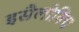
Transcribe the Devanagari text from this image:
इसैलोविच